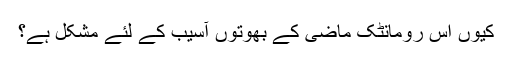
کیوں اس رومانٹک ماضی کے بھوتوں آسیب کے لئے مشکل ہے؟